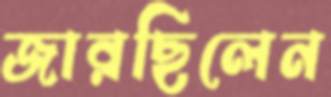
জারছিলেন